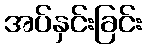
အပ်နှင်းခြင်း